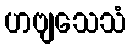
ဟဗျသေသံ